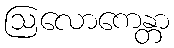
ဩလောကေန္တာ